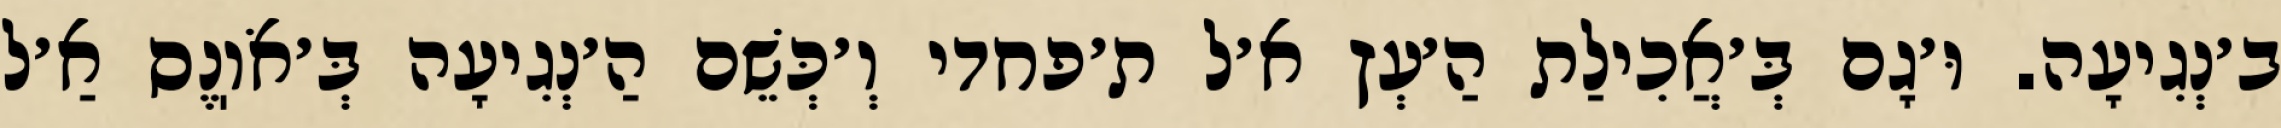
ב׳נְגִיעָה. וּ׳גָם בְּ׳אֲכִילַת הַ׳עְץ א׳ל ת׳פחדי וְ׳כְּשֵׁם הַ׳נְגִיעָה בְּ׳אֹוֽנֶס אַ׳ל